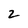
Character: z